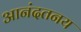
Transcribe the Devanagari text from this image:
आनंदतनय